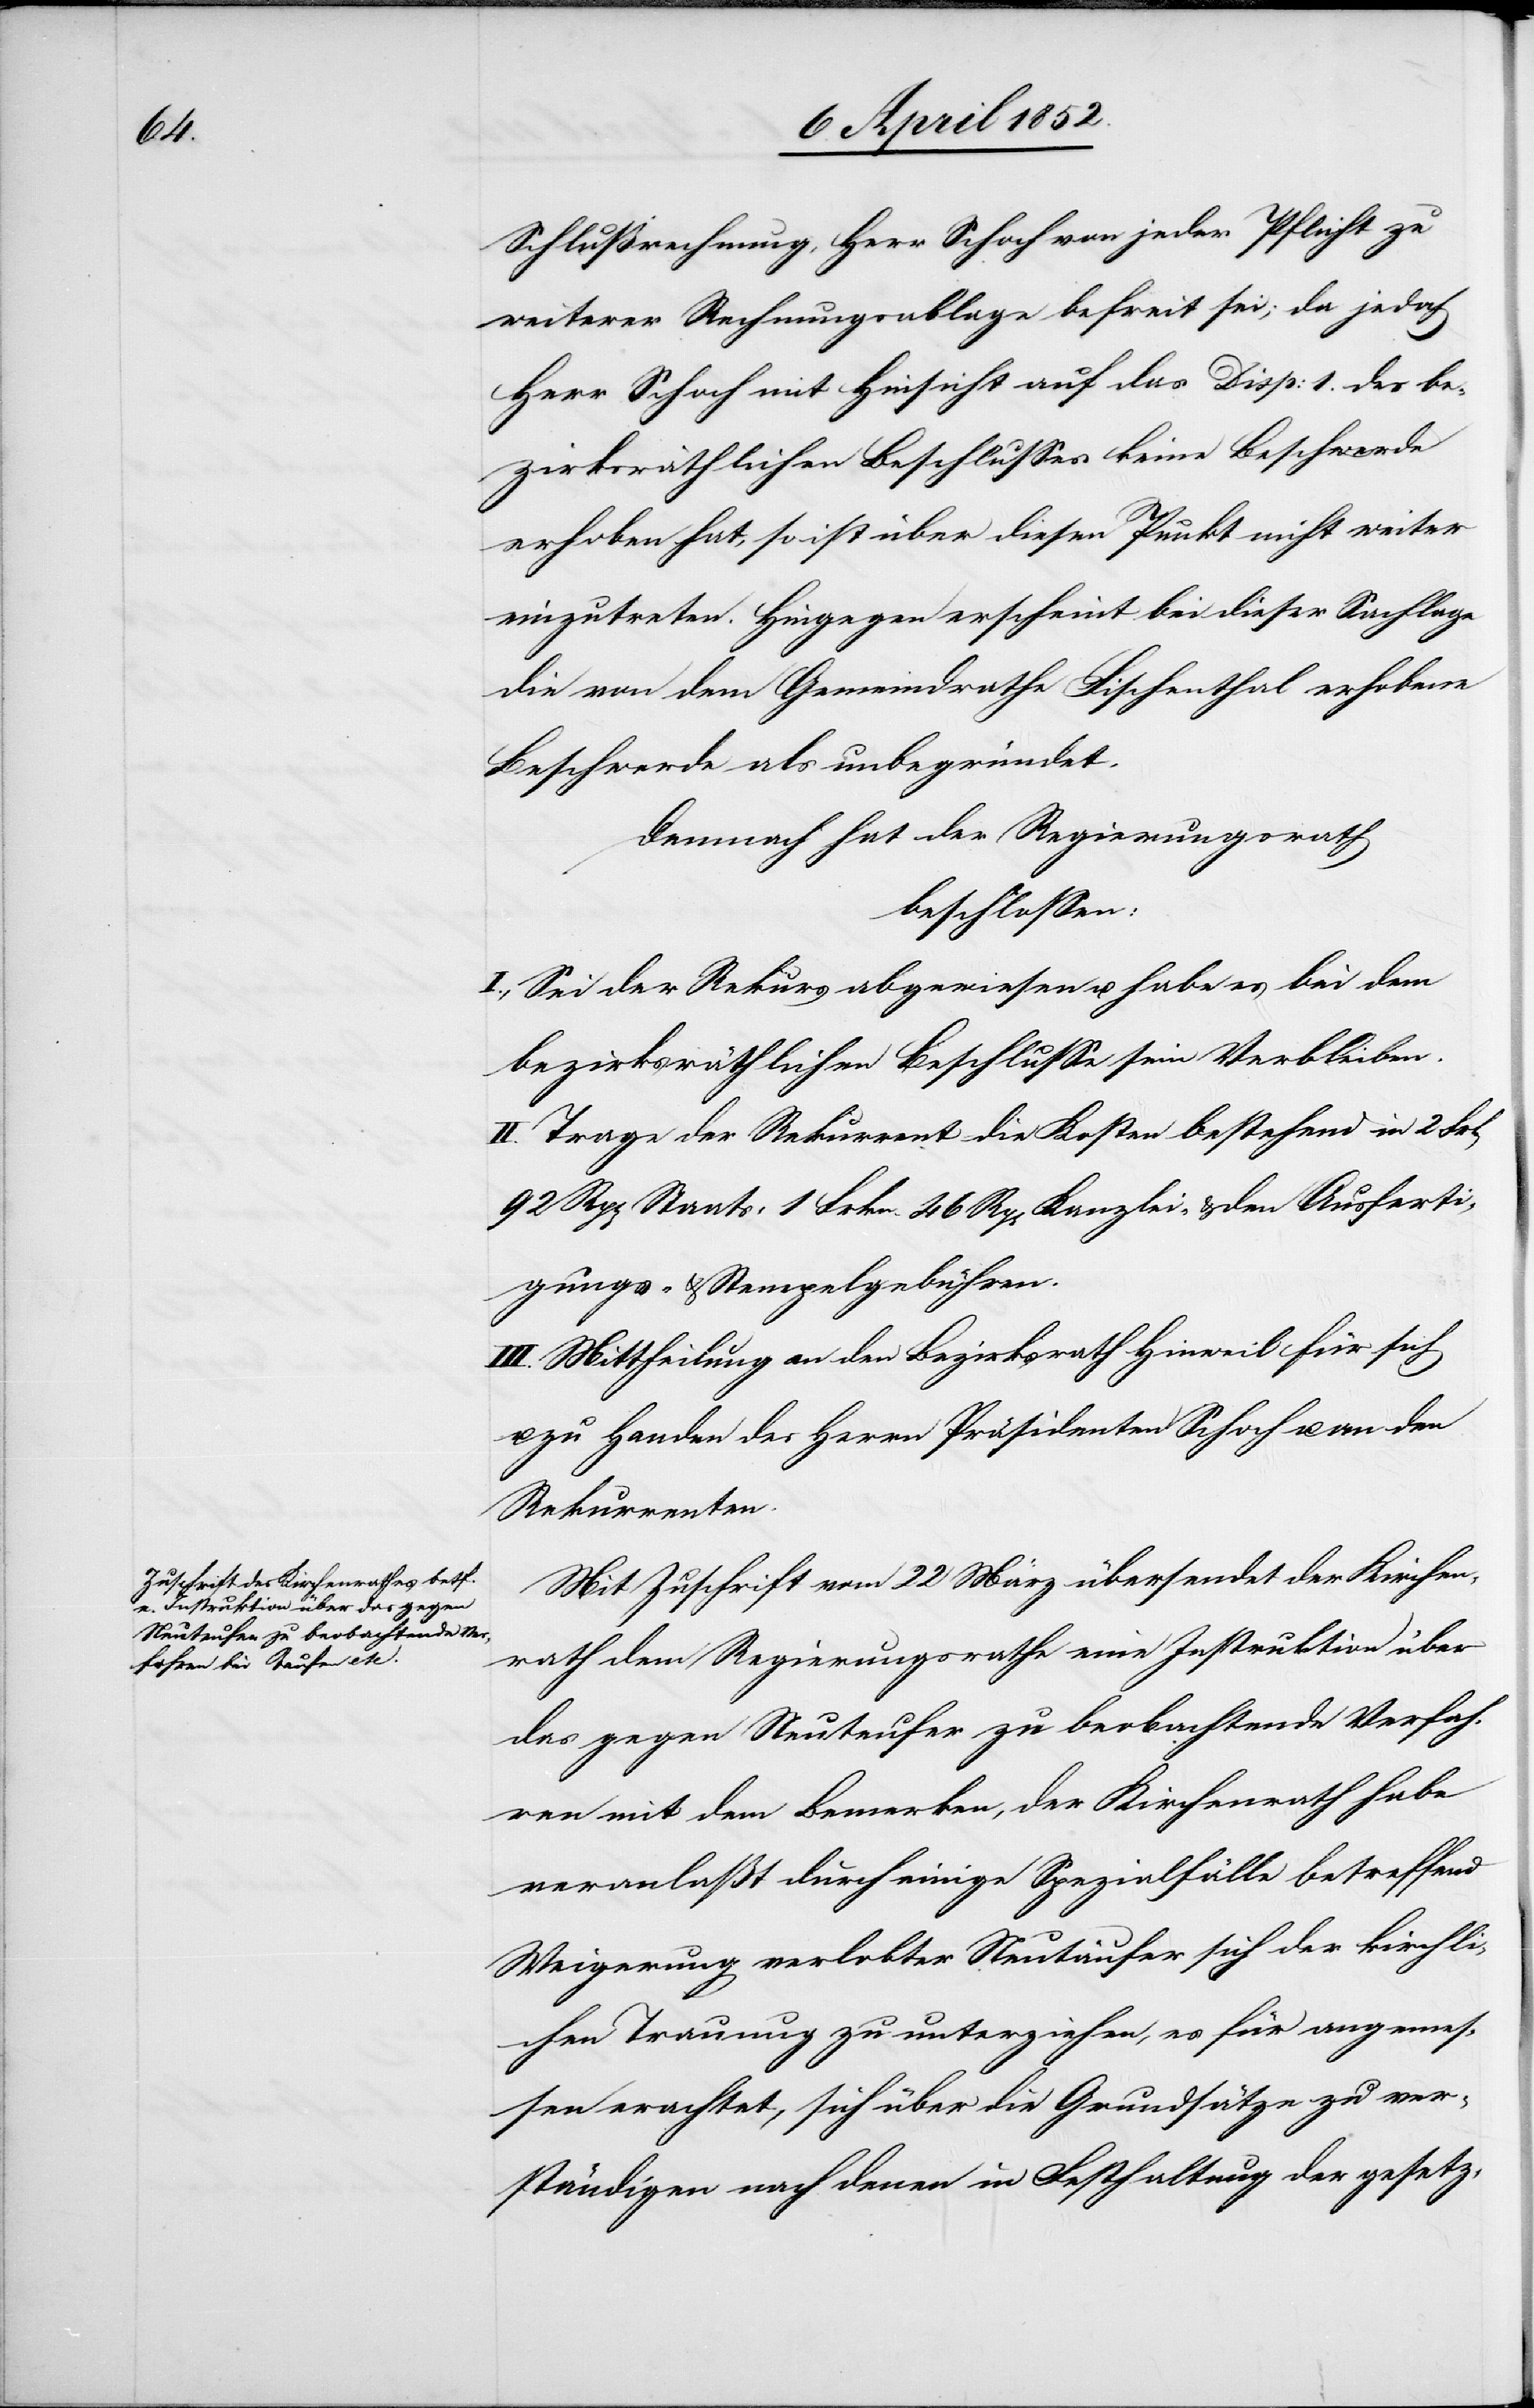
Schlußrechnung, Herr Schoch von jeder Pflicht zu
weiterer Rechnungsablage befreit sei; da jedoch
Herr Schoch mit Hinsicht auf das Disp: 1. des be¬
zirksräthlichen Beschlusses keine Beschwerde
erhoben hat, so ist über diesen Punkt nicht weiter
einzutreten. Hingegen erscheint bei dieser Sachlage
die von dem Gemeindrathe Fischenthal erhobene
Beschwerde als unbegründet.
Demnach hat der Regierungsrath
beschlossen:
I., Sei der Rekurs abgewiesen u. habe es bei dem
bezirksräthlichen Beschlusse sein Verbleiben.
II. Trage der Rekurrent die Kosten bestehend in 2
92 Rp[en] Staats-[,] 1 Frkn. 46 Rp[en] Kanzlei- & den Ausferti¬
gungs- & Stempelgebühren.
III. Mittheilung an den Bezirksrath Hinweil für sich
u. zu Handen des Herrn Präsidenten Schoch u. an den
Rekurrenten.
Mit Zuschrift vom 22 März übersendet der Kirchen¬
rath dem Regierungsrathe eine Instruktion über
das gegen Neuteufer zu beobachtende Verfah¬
ren mit dem Bemerken, der Kirchenrath habe
veranlaßt durch einige Spezialfälle betreffend
Weigerung verlobter Neutäufer sich der kirchli¬
chen Trauung zu unterziehen, es für angemes¬
sen erachtet, sich über die Grundsätze zu ver¬
ständigen nach denen in Festhaltung der gesetz-